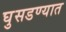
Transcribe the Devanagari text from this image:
घुसडण्यात